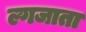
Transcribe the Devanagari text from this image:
ल्गजाता